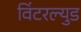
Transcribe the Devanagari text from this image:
विंटरल्युड